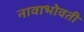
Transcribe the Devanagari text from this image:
नावाभोवती